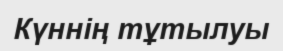
Күннің тұтылуы